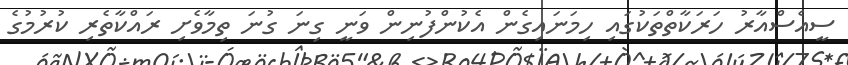
ސީއެސްއާރު ހަރަކާތްތަކުގައި ހިމަނައިގެން އެކުންފުނިން ވަނީ ގިނަ ގުނަ ތިމާވެށި ރައްކާތެރި ކުރުމުގެ